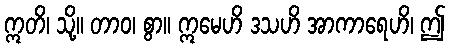
ဣတိ၊ သို့။ တာဝ၊ စွာ။ ဣမေဟိ ဒသဟိ အာကာရေဟိ၊ ဤ